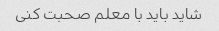
شاید باید با معلم صحبت کنی